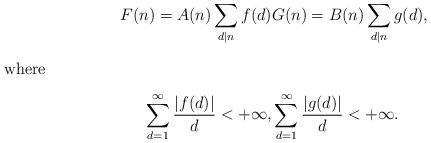
LaTeX: \begin{align*}F(n)=A(n)\sum_{d\mid n}f(d)& G(n)=B(n)\sum_{d\mid n}g(d), \\\intertext{where} \sum_{d=1}^{\infty}\frac{|f(d)|}{d}<+\infty,& \sum_{d=1}^{\infty}\frac{|g(d)|}{d}<+\infty.\end{align*}